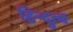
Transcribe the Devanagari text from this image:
हिन्‍दुत्‍व